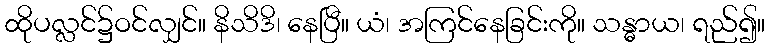
ထိုပလ္လင်၌ဝင်လျှင်။ နိသိဒိ၊ နေပြီ။ ယံ၊ အကြင်နေခြင်းကို။ သန္ဓာယ၊ ရည်၍။